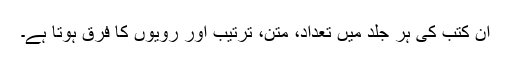
ان کتب کی ہر جلد میں تعداد، متن، ترتیب اور رویوں کا فرق ہوتا ہے۔